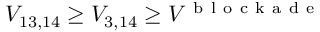
V _ { 1 3 , 1 4 } \geq V _ { 3 , 1 4 } \geq V ^ { \mathrm { ~ b ~ l ~ o ~ c ~ k ~ a ~ d ~ e ~ } }